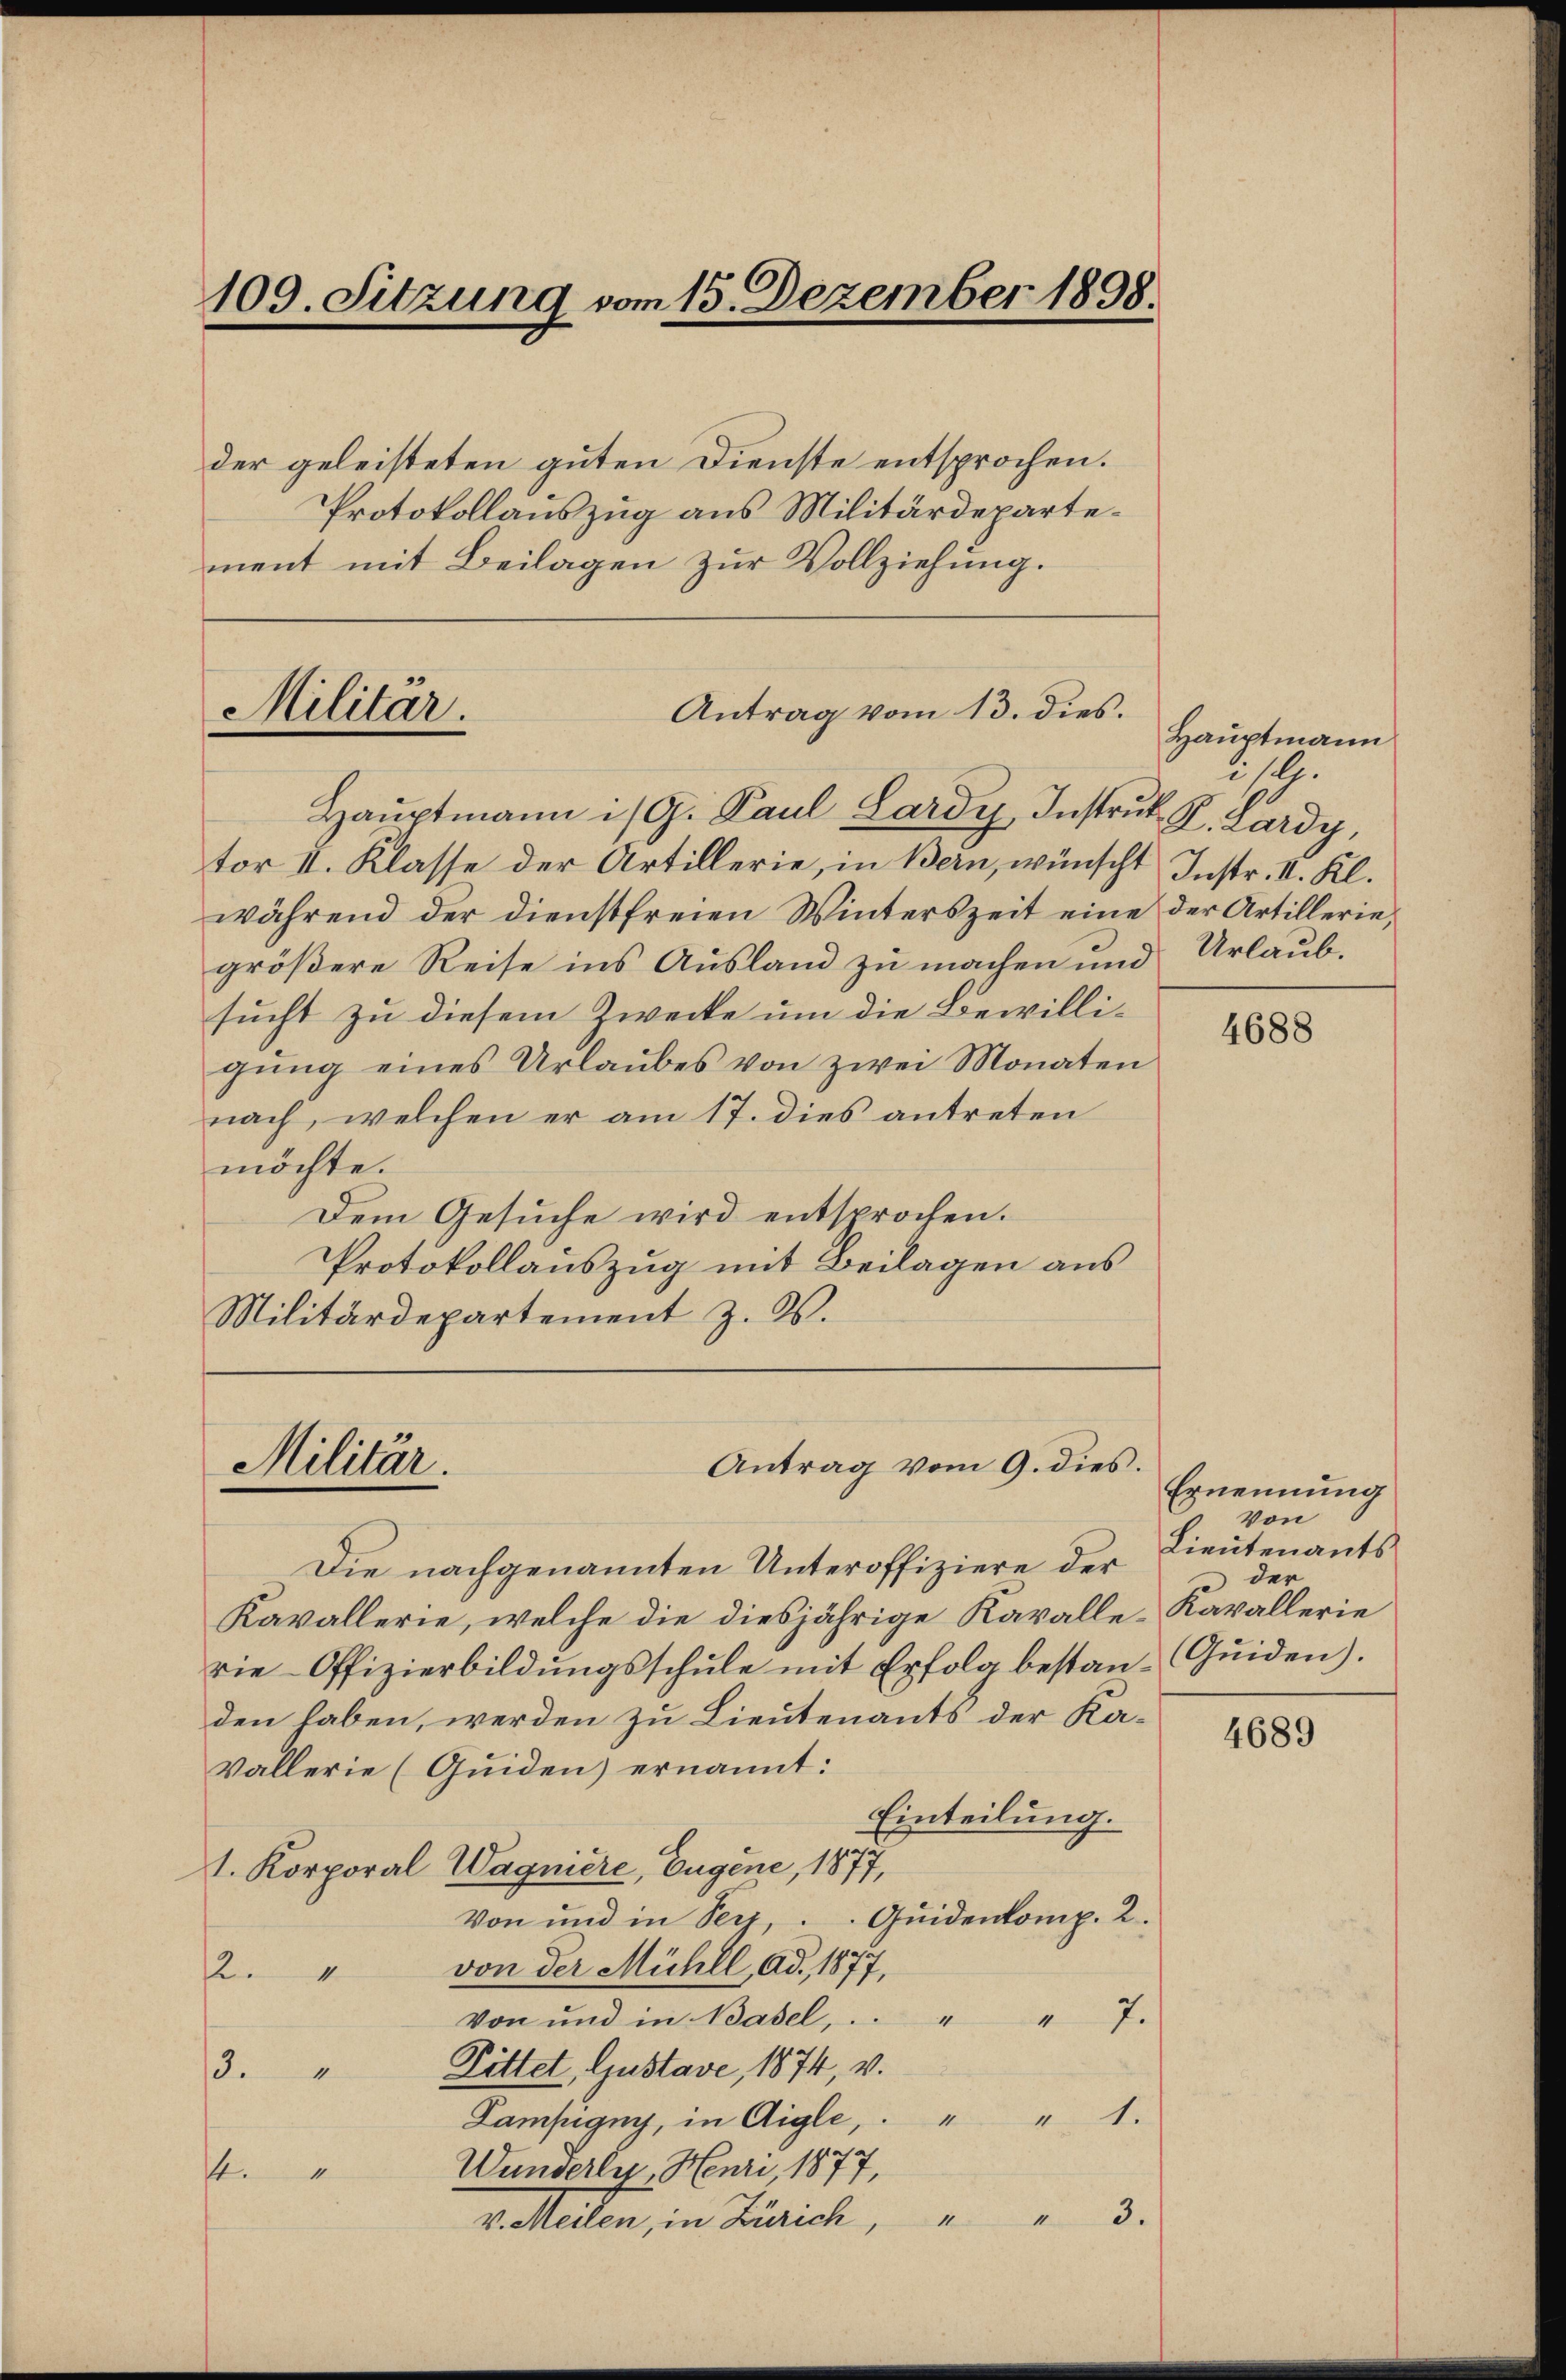
109. Sitzung vom 15. Dezember 1898.

der geleisteten guten Dienste entsprochen.
Protokollauszug aus Militärdepartement mit Beilagen zur Vollziehung.

Militär.

Antrag vom 13. dies.

Militär.
Antrag vom 9. dies.

Hauptmann ist G. Paul Lardy, Instrut J. Lardy,
tor II. Klasse der Artillerie, in Bern, wünscht Instr. II. Kl.
während der dienstfreien Winterszeit eine der Artillerie,
größere Reise ins Ausland zu machen und Urlaubsucht zu diesem Zwecke um die Bewilligŭng eines Urlaubes von zwei Monaten
nach, welchen er am 17. dies antreten
möchte.
Dem Gesuche wird entsprochen.
Protokollauszug mit Beilagen aus
Militärdepartement z. B.

Hauptmann
isl.

Die nachgenannten Unteroffiziere der
Kavallerie, welche die diesjährige Kavalle-Kavallerie
rie-Offizierbildŭngsschŭle mit Erfolg bestan-Qŭiden).
den haben, werden zu Lieutenants der Ka¬
Vallerie (Guiden) ernannt:
Einteilung.
1. Korporal Wagniere, Eugene, 1877,
Von und in See, Quidenkomp. 2.
von der Mühll, ad. 1877,
.
1
7.
Von und in Basel,
Rittet, Gustave, 1874, v.
13.
4
Kampigny, in Aigle,. " " 1.
Wunderli, Henri 1877,
1
.
v. Staden, in Zürich,

4688

Ernennung
Von
Lieutenants
der

4689